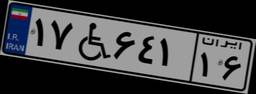
۱۷W۶۴۱۱۶